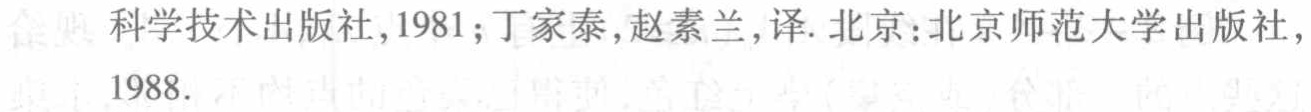
科学技术出版社,1981;丁家泰,赵素兰,译. 北京:北京师范大学出版社,1988.